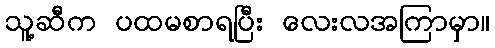
သူ့ဆီက ပထမစာရပြီး လေးလအကြာမှာ။